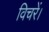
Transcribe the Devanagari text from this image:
विचरें।